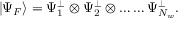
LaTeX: \left| \Psi _ { F } \right\rangle = \Psi _ { 1 } ^ { \perp } \otimes \Psi _ { 2 } ^ { \perp } \otimes \ldots \ldots \Psi _ { N _ { w } } ^ { \perp } .